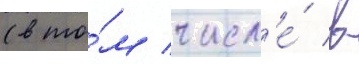
(в то́м числ'е́ в